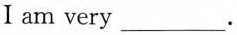
I am very ___.